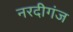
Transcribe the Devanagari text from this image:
नरदीगंज